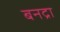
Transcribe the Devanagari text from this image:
बनद्रा